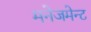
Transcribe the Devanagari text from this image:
मनेजमेन्ट